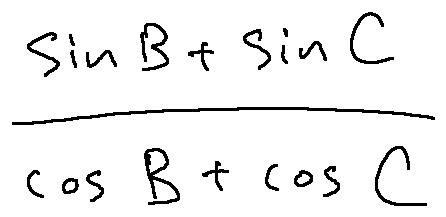
\frac { \sin B + \sin C } { \cos B + \cos C }